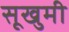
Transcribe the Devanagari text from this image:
सूखुमी